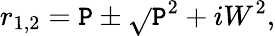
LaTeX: r_{1,2}=\mathtt{P}\pm\sqrt{}{{\mathtt{P}^{2}+iW^{2}}},